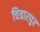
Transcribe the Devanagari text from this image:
चित्रारपुर